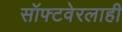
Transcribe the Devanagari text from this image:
सॉफ्टवेरलाही